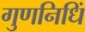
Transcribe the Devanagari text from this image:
गुणनिधिं